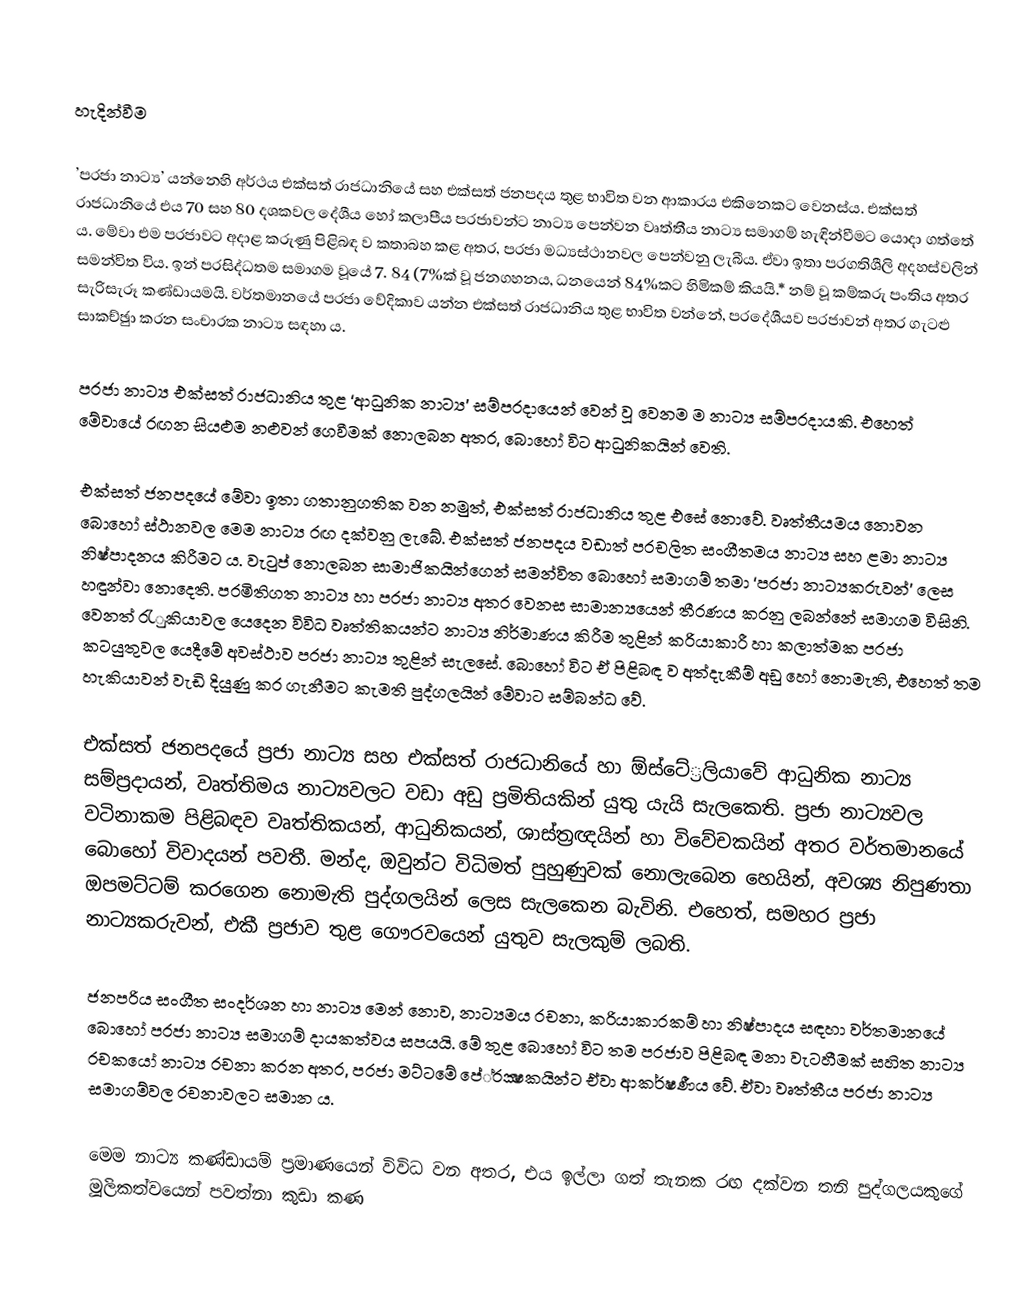

හැදින්වීම

’ප‍්‍රජා නාට්‍ය’ යන්නෙහි අර්ථය එක්සත් රාජධානියේ සහ එක්සත් ජනපදය තුළ භාවිත වන ආකාරය එකිනෙකට වෙනස්ය. එක්සත් රාජධානියේ එය 70 සහ 80 දශකවල දේශීය හෝ කලාපීය ප‍්‍රජාවන්ට නාට්‍ය පෙන්වන වෘත්තීය නාට්‍ය සමාගම් හැඳින්වීමට යොදා ගත්තේ ය. මේවා එම ප‍්‍රජාවට අදාළ කරුණු පිළිබඳ ව කතාබහ කළ අතර, ප‍්‍රජා මධ්‍යස්ථානවල පෙන්වනු ලැබීය. ඒවා ඉතා ප‍්‍රගතිශීලි අදහස්වලින් සමන්විත විය. ඉන් ප‍්‍රසිද්ධතම සමාගම වූයේ 7. 84 (7%ක් වූ ජනගහනය, ධනයෙන් 84%කට හිමිකම් කියයි.* නම් වූ කම්කරු පංතිය අතර සැරිසැරූ කණ්ඩායමයි. වර්තමානයේ ප‍්‍රජා වේදිකාව යන්න එක්සත් රාජධානිය තුළ භාවිත වන්නේ, ප‍්‍රදේශීයව ප‍්‍රජාවන් අතර ගැටළු සාකච්ඡුා කරන සංචාරක නාට්‍ය සඳහා ය.

ප‍්‍රජා නාට්‍ය එක්සත් රාජධානිය තුළ ‘ආධුනික නාට්‍ය’ සම්ප‍්‍රදායෙන් වෙන් වූ වෙනම ම නාට්‍ය සම්ප‍්‍රදායකි. එහෙත් මේවායේ රඟන සියළුම නළුවන් ගෙවීමක් නොලබන අතර, බොහෝ විට ආධුනිකයින් වෙති.

එක්සත් ජනපදයේ මේවා ඉතා ගතානුගතික වන නමුත්, එක්සත් රාජධානිය තුළ එසේ නොවේ. වෘත්තීයමය නොවන බොහෝ ස්ථානවල මෙම නාට්‍ය රඟ දක්වනු ලැබේ. එක්සත් ජනපදය වඩාත් ප‍්‍රචලිත සංගීතමය නාට්‍ය සහ ළමා නාට්‍ය නිෂ්පාදනය කිරීමට ය. වැටුප් නොලබන සාමාජිකයින්ගෙන් සමන්විත බොහෝ සමාගම් තමා ‘ප‍්‍රජා නාට්‍යකරුවන්’ ලෙස හඳුන්වා නොදෙති. ප‍්‍රමිතිගත නාට්‍ය හා ප‍්‍රජා නාට්‍ය අතර වෙනස සාමාන්‍යයෙන් තීරණය කරනු ලබන්නේ සමාගම විසිනි. වෙනත් රැුකියාවල යෙදෙන විවිධ වෘත්තිකයන්ට නාට්‍ය නිර්මාණය කිරීම තුළින් ක‍්‍රියාකාරී හා කලාත්මක ප‍්‍රජා කටයුතුවල යෙදීමේ අවස්ථාව ප‍්‍රජා නාට්‍ය තුළින් සැලසේ. බොහෝ විට ඒ පිළිබඳ ව අත්දැකීම් අඩු හෝ නොමැති, එහෙත් තම හැකියාවන් වැඩි දියුණු කර ගැනීමට කැමති පුද්ගලයින් මේවාට සම්බන්ධ වේ.

එක්සත් ජනපදයේ ප‍්‍රජා නාට්‍ය සහ එක්සත් රාජධානියේ හා  ඕස්ටේ‍්‍රලියාවේ ආධුනික නාට්‍ය සම්ප‍්‍රදායන්, වෘත්තිමය නාට්‍යවලට වඩා අඩු ප‍්‍රමිතියකින් යුතු යැයි සැලකෙති. ප‍්‍රජා නාට්‍යවල වටිනාකම පිළිබඳව වෘත්තිකයන්, ආධුනිකයන්, ශාස්ත‍්‍රඥයින් හා විවේචකයින් අතර වර්තමානයේ බොහෝ විවාදයන් පවතී. මන්ද, ඔවුන්ට විධිමත් පුහුණුවක් නොලැබෙන හෙයින්, අවශ්‍ය නිපුණතා ඔපමට්ටම් කරගෙන නොමැති පුද්ගලයින් ලෙස සැලකෙන බැවිනි. එහෙත්, සමහර ප‍්‍රජා නාට්‍යකරුවන්, එකී ප‍්‍රජාව තුළ ගෞරවයෙන් යුතුව සැලකුම් ලබති.

ජනප‍්‍රිය සංගීත සංදර්ශන හා නාට්‍ය මෙන් නොව, නාට්‍යමය රචනා, ක‍්‍රියාකාරකම් හා නිෂ්පාදය සඳහා වර්තමානයේ බොහෝ ප‍්‍රජා නාට්‍ය සමාගම් දායකත්වය සපයයි. මේ තුළ බොහෝ විට තම ප‍්‍රජාව පිළිබඳ මනා වැටහීමක් සහිත නාට්‍ය රචකයෝ නාට්‍ය රචනා කරන අතර, ප‍්‍රජා මට්ටමේ පේ‍්‍රක්‍ෂකයින්ට ඒවා ආකර්ෂණීය වේ. ඒවා වෘත්තීය ප‍්‍රජා නාට්‍ය සමාගම්වල රචනාවලට සමාන ය.

මෙම නාට්‍ය කණ්ඩායම් ප‍්‍රමාණයෙන් විවිධ වන අතර, එය ඉල්ලා ගත් තැනක රඟ දක්වන තනි පුද්ගලයකුගේ මූලිකත්වයෙන් පවත්නා කුඩා කණ